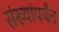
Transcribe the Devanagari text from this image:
संख्यांपर्यंत